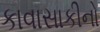
કાવાસાકીનો